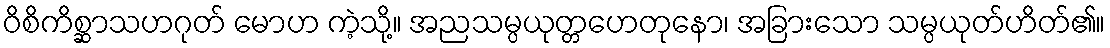
ဝိစိကိစ္ဆာသဟဂုတ် မောဟ ကဲ့သို့။ အညသမ္ပယုတ္တဟေတုနော၊ အခြားသော သမ္ပယုတ်ဟိတ်၏။